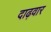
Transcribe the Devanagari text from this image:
दाढ़वार